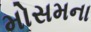
મોસમના